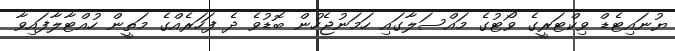
ޔުނައިޓެޑް ވިކްޓަރީގެ ވޯޓުގެ މައްސަލާގައި ހަމަނުޖެހުން ބޮޑުވެ ދެ ފަހަރެއްގެ މަތީން ހުއްޓާލާފައިވާ